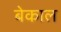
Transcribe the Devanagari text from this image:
बेकाल